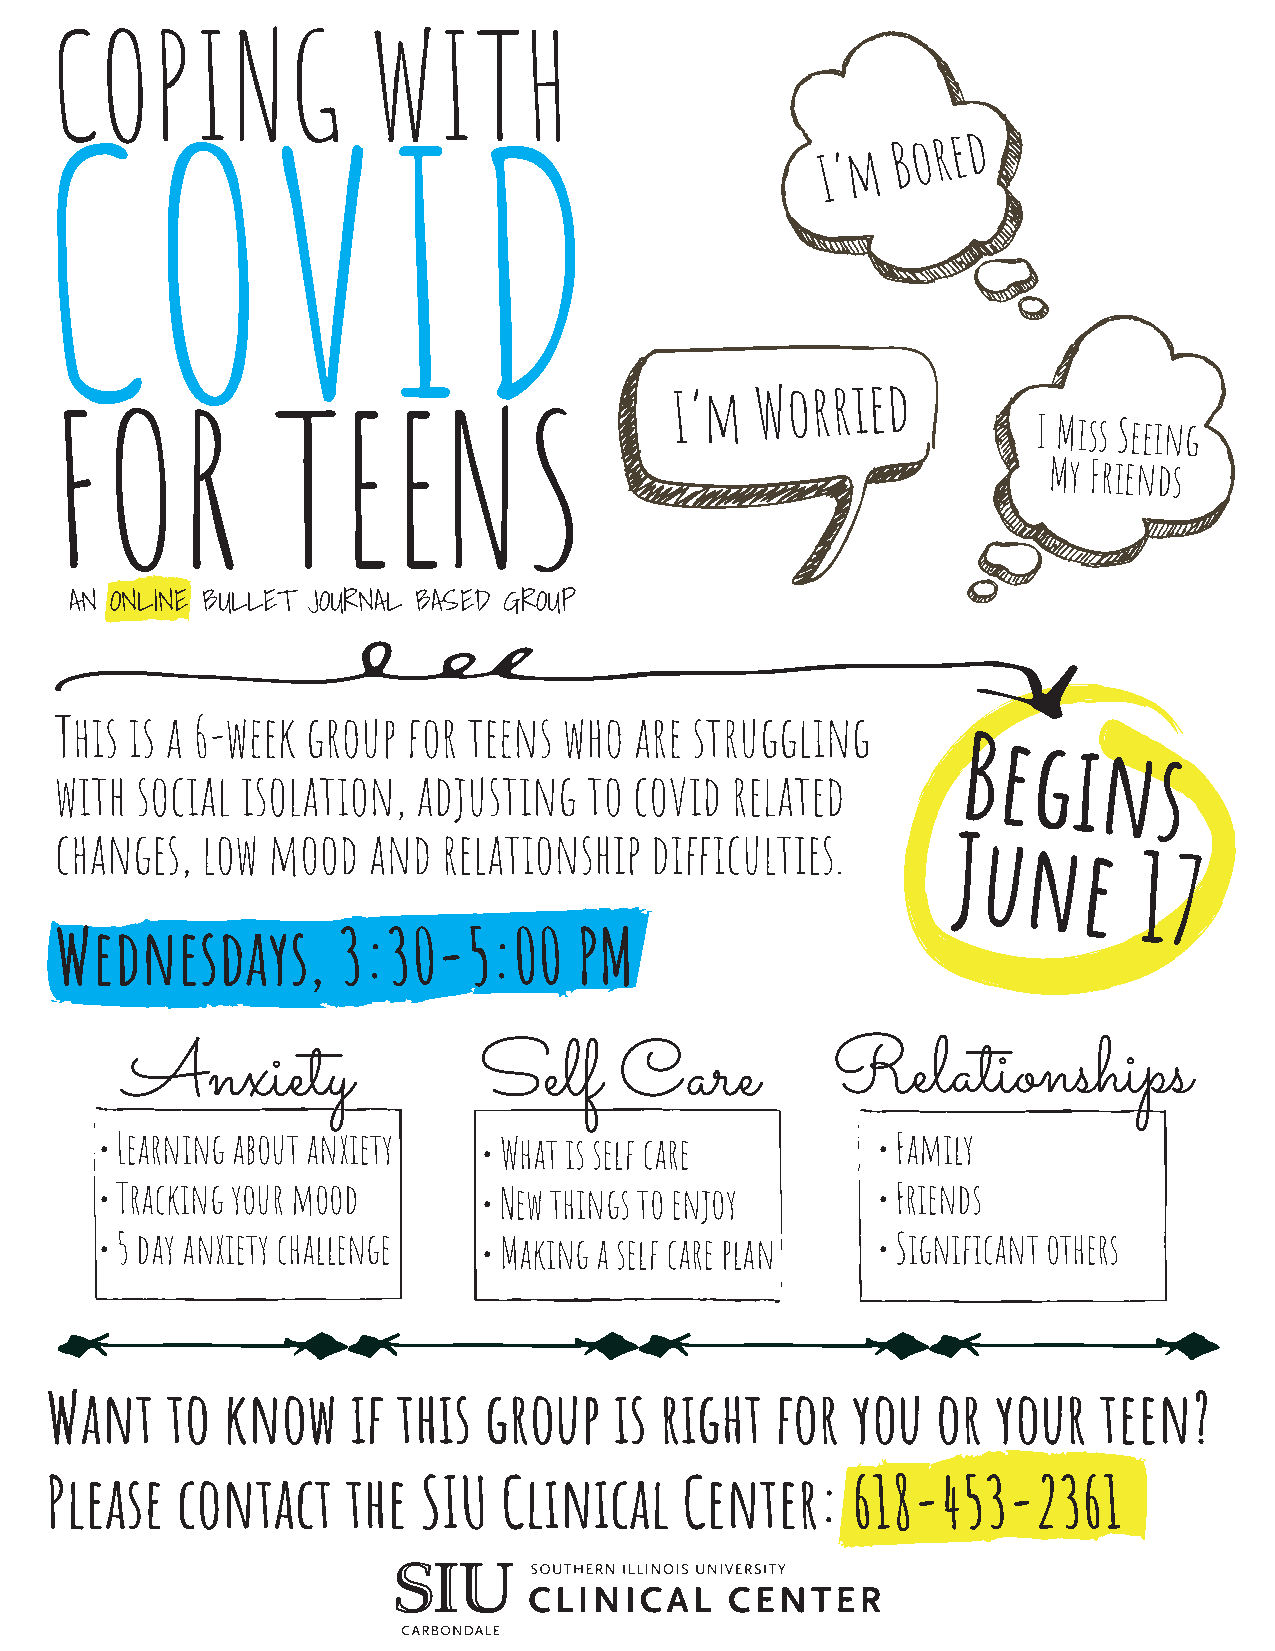
COPING               WITH
 COVID                                                 m  B o r e d
 I ’
 I’m
 Worried
 FOR            TEENS                                              I Miss Seeing
 My Friends
 AN ONLINE BULLET JOURNAL BASED GROUP
 This is a 6-week group for teens who  are struggling
 Begins
 with social isolation,  adjusting  to covid related
 changes, low  mood  and  relationship  difficulties.      June
 17
 Wednesdays,       3:30-5:00       PM
 Anxiety                 Self     Care          Relationships
 • Learning about anxiety • What is self care       • Family
 • Tracking your mood     • New things to enjoy     • Friends
 • 5 day anxiety challenge • Making a self care plan • Significant others
 Want    to  know    if this  group    is right  for  you   or  your   teen?
 Please   contact    the  SIU  Clinical    Center:    618-453-2361